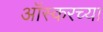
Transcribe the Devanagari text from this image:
आॅस्करच्या